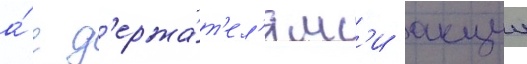
а́ с д'ержа́т'ел'ям'и акции